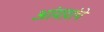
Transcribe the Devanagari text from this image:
आंग्रय़ांचे